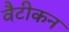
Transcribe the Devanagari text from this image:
वैटीकन